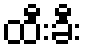
ထီးခီး